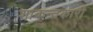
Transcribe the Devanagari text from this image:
शाकन्तकारी